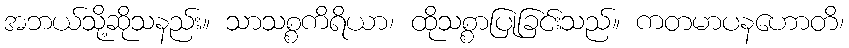
အဘယ်သို့ဆိုသနည်း။ သာသစ္စကိရိယာ၊ ထိုသစ္စာပြုခြင်းသည်။ ကတမာပနဟောတိ၊